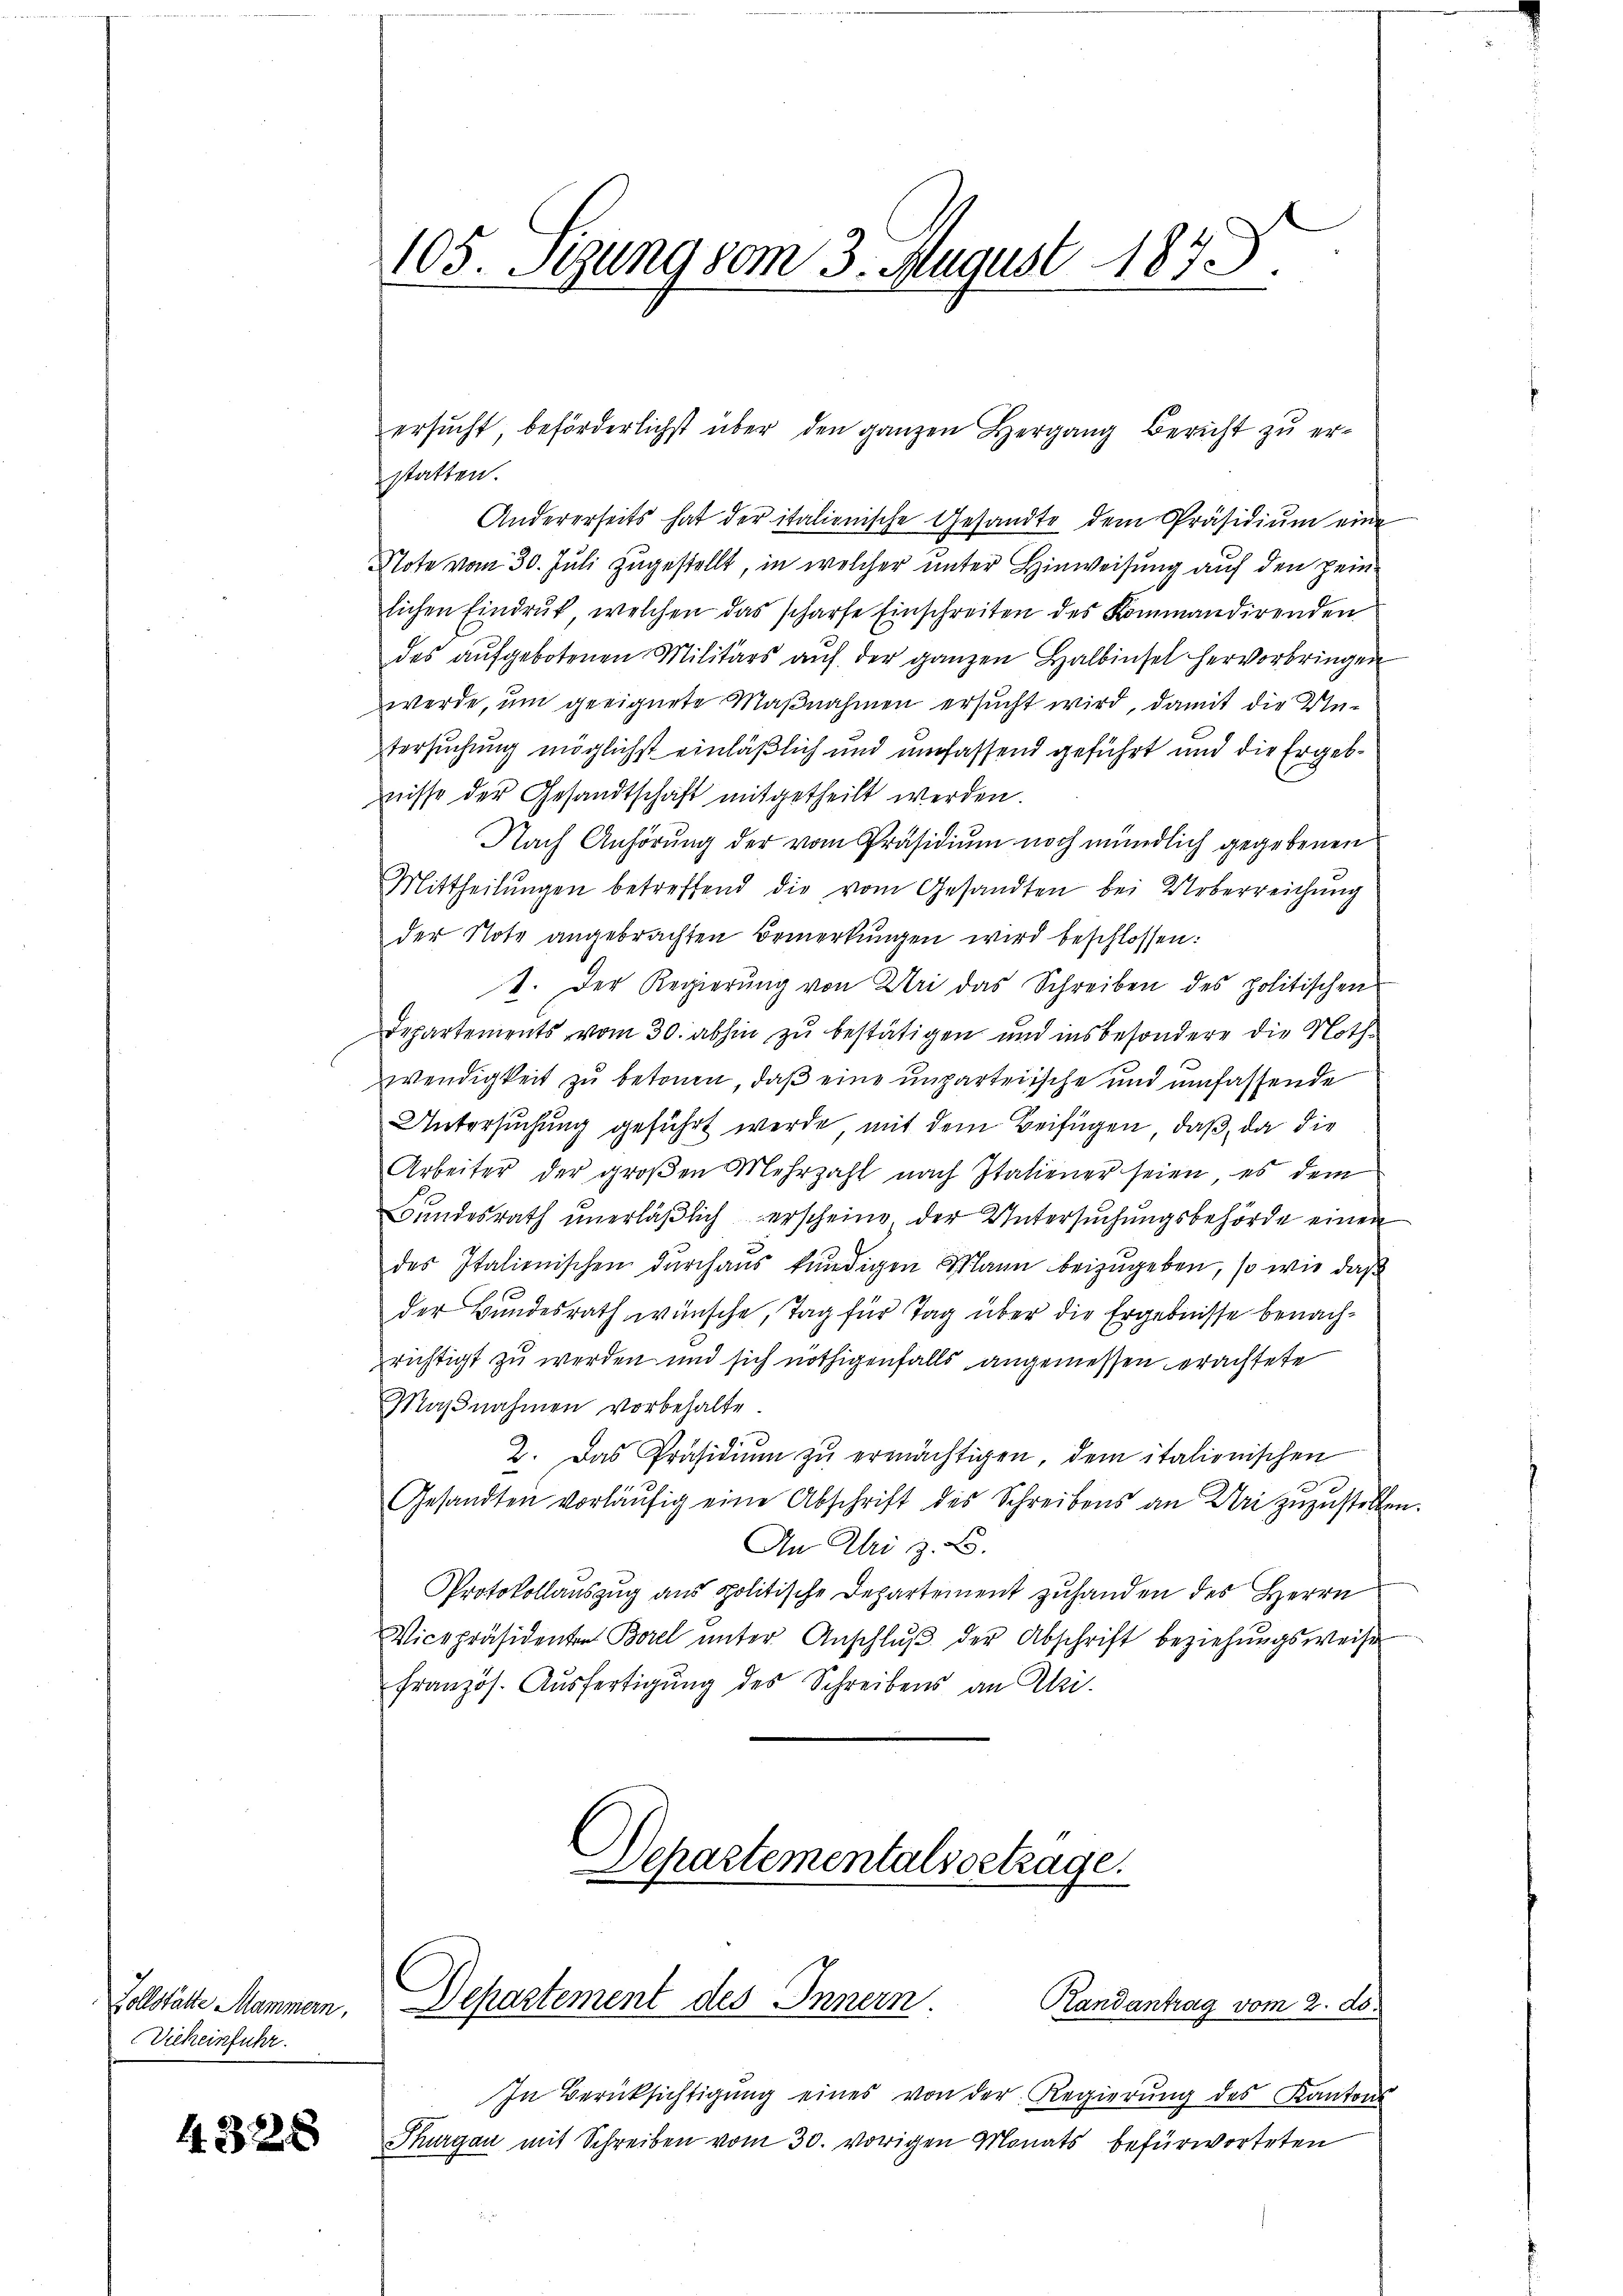
Vollstätte Mammern,
Vieheinfuhr.

4.328

statten.
Andererseits hat der italienische Gesandte dem Präsidiŭm eine
Note vom 30. Juli zugestellt, in welcher unter Hinweisung auf den Heinlichen Eindruck, welchen das scharfe Einschreiten des Kommandirenden
des aŭfgebotenen Militärs aŭf der ganzen Halbinsel hervorbringen
werde, um geeignete Maßnahmen ersucht wird, damit die Untersuchung möglichst einläßlich und umfassend geführt und die Ergebnisse der Gesandtschaft mitgetheilt werden.
Nach Anhörung der vom Präsidium noch mündlich gegebenen
Mittheilŭngen betreffend die vom Gesandten bei Ueberreichung
der Note angebrachten Bemerkungen wird beschlossen:
1. Der Regierŭng von Uri das Schreiben des politischen
Departements vom 30. abhin zu bestätigen und insbesondere die Nothwendigkeit zu betonen, daß eine unparteiische und umfassende
Untersuchung geführt werde, mit dem Beifügen, daß, da die
Arbeiter der großen Mehrzahl nach Italiener seien, es dem
Bundesrath unerläβlich erscheine, der Untersuchungsbehörde einen
des Italienischen durchaus kündigen Mann beizugeben, so wie daß
der Bundesrath wünsche, Tag für Tag über die Ergebnisse benachrichtigt zu werden und sich nöthigenfalls angemessen erachtete
Maβnahmen vorbehalte.
2. Das Präsidiŭm zŭ ermächtigen, dem italionischen
Gesandten vorläŭfig eine Abschrift des Schreibens an Uri zuzustellen.
An Uri z. B.
Protokollauszug aus politische Departement zuhanden des Herrn
Vicepräsidenten Borel ŭnter Anschlŭβ der Abschrift beziehungsweise
französ. Aŭsfertigŭng des Schreibens an Zi
Departementalsbetrage.

105. Sezung vom 3. August 1873.

Departement des Innern.
Randantrag vom 2. ds.

ersŭcht beförderlichst über den ganzen Hergang Bericht zu er¬

In Berücksichtigŭng eines von der Regierung des Kantons
Thurgau mit Schreiben vom 30. vorigen Monats befürworteten